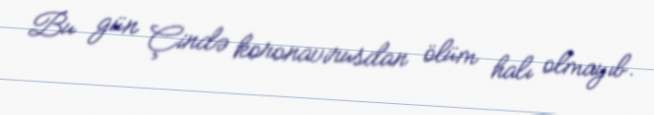
Bu gün Çində koronavirusdan ölüm halı olmayıb.